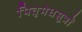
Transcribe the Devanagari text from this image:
पितृमेधसूत्रों